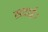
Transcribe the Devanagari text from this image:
सदाई।